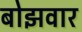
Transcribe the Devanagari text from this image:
बोझवार